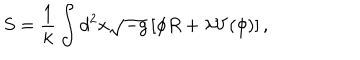
S = \frac { 1 } { k } \int d ^ { 2 } x \sqrt { - g } \left[ \phi R + \lambda V ( \phi ) \right] ,